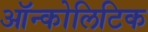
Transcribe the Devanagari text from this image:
ऑन्कोलिटिक